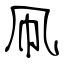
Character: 凧